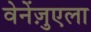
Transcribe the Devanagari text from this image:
वेनेंज़ुएला